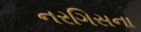
નરગિસના